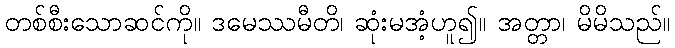
တစ်စီးသောဆင်ကို။ ဒမေဿမီတိ၊ ဆုံးမအံ့ဟူ၍။ အတ္တာ၊ မိမိသည်။